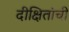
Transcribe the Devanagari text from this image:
दीक्षितांची